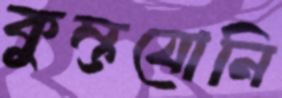
কুম্ভযোনি